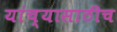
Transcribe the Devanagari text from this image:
यांच्यासाठीच